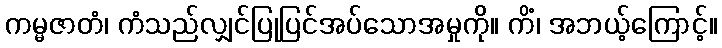
ကမ္မဇာတံ၊ ကံသည်လျှင်ပြုပြင်အပ်သောအမှုကို။ ကိံ၊ အဘယ့်ကြောင့်။